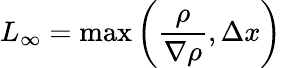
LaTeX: L_{\infty}=\operatorname*{max}\left(\frac{\rho}{\nabla\rho},\Delta x\right)